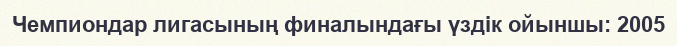
Чемпиондар лигасының финалындағы үздік ойыншы: 2005